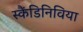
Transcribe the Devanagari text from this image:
स्कैंडिनिविया